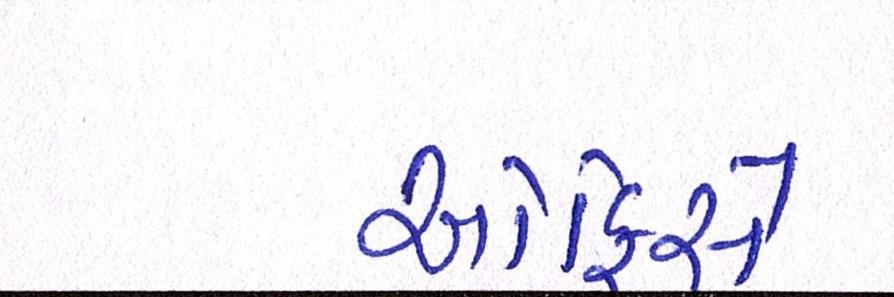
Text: ઓફિસે